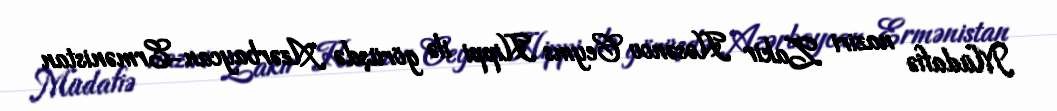
Müdafiə naziri Zakir Həsənov Ceyms Hippi ilə görüşdə Azərbaycan-Ermənistan